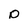
Character: o